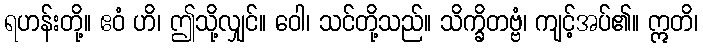
ရဟန်းတို့။ ဧဝံ ဟိ၊ ဤသို့လျှင်။ ဝေါ၊ သင်တို့သည်။ သိက္ခိတဗ္ဗံ၊ ကျင့်အပ်၏။ ဣတိ၊